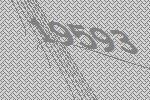
19593